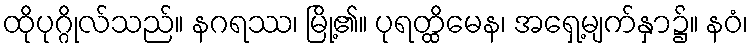
ထိုပုဂ္ဂိုလ်သည်။ နဂရဿ၊ မြို့၏။ ပုရတ္ထိမေန၊ အရှေ့မျက်နှာ၌။ နဝံ၊